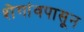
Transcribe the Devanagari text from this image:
शेगांवपासून